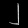
Digit: ၂